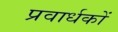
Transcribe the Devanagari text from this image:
प्रवार्धकों